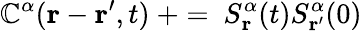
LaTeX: \mathbb{C}^{\alpha}(\mathbf{{r}}-\mathbf{{r^{\prime}}},t)\ +=\ S_{\mathbf{{r}}}^{\alpha}(t)S_{\mathbf{{r^{\prime}}}}^{\alpha}(0)